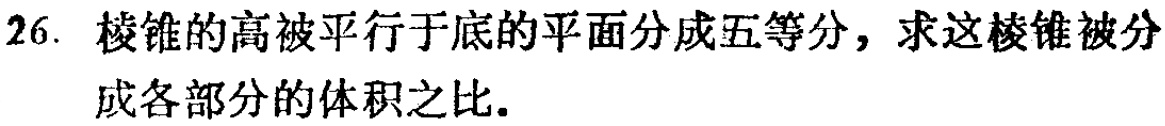
26. 棱锥的高被平行于底的平面分成五等分，求这棱锥被分成各部分的体积之比.